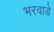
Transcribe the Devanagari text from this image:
भरवाडे